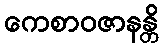
ကေစာဝဇာနန္တိ